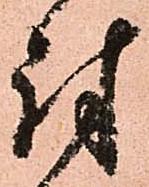
討